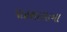
પાઠશાળાના